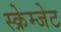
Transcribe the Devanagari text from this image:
स्क्रेम्जेट